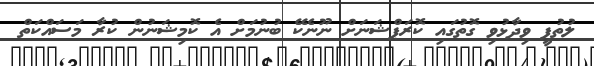
ލުތުފީ ވިދާޅުވި ގޮޮތުގައި ކޮރަޕްޝަނަަށް ނޫނެކޭ ބުނުމަށް އެ ކޮމިޝަނުން ކުރާ މަސައްކަތް